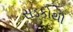
સડકોથી